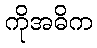
ကိုအဓိက